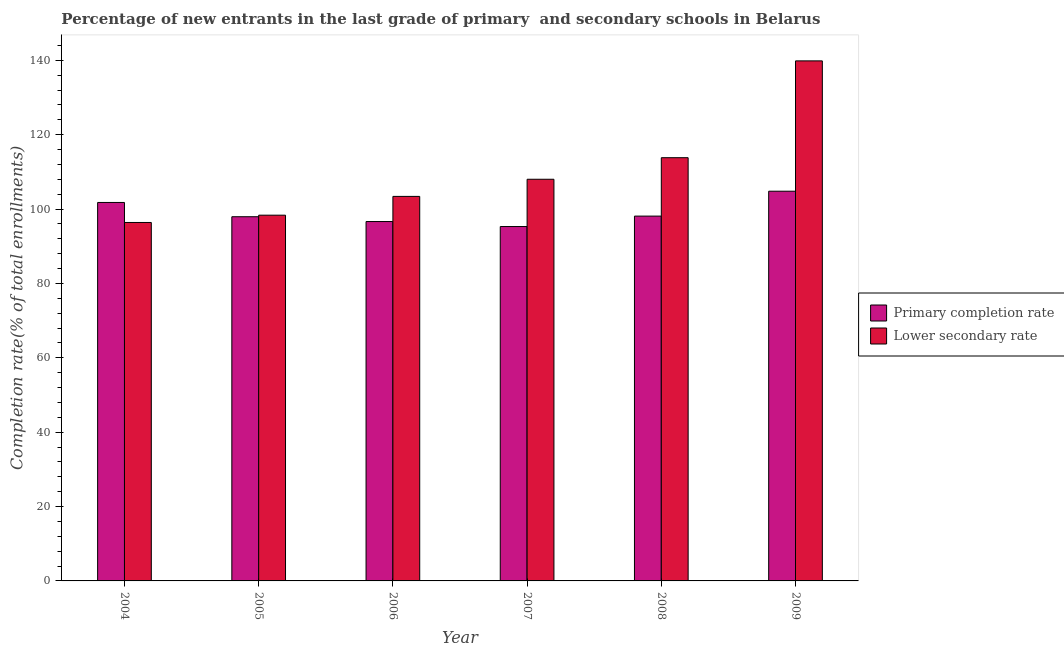
| Year | Primary completion rate | Lower secondary rate |
 | --- | --- | --- |
 | 2004 | 102 | 96.4 |
 | 2005 | 97.9 | 98.4 |
 | 2006 | 96.7 | 103 |
 | 2007 | 95.3 | 108 |
 | 2008 | 98.1 | 114 |
 | 2009 | 105 | 140 |